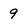
Character: 9